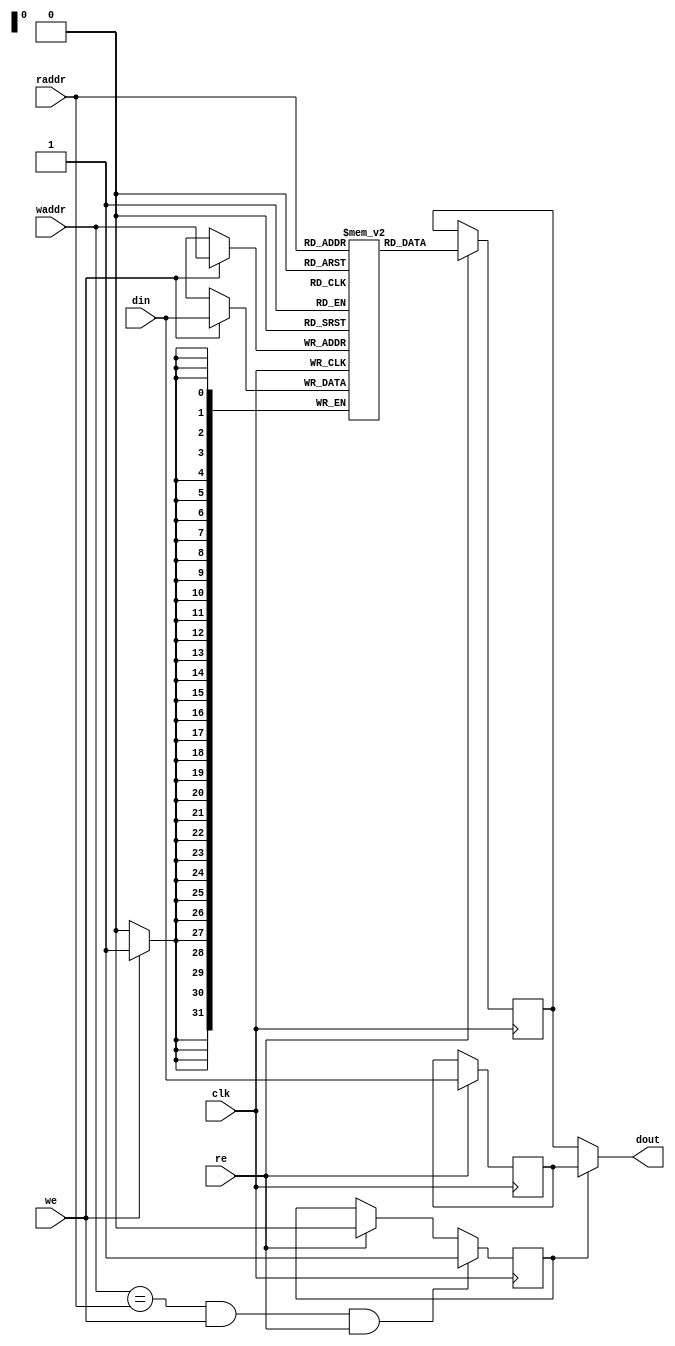
/* ****************************************************************************
  SPDX-License-Identifier: CERN-OHL-W-2.0

  Description:
  Simple single clocked dual port ram (separate read and write ports),
  with optional bypass logic.

  Copyright (C) 2012 Stefan Kristiansson <stefan.kristiansson@saunalahti.fi>

 ******************************************************************************/

module mor1kx_simple_dpram_sclk
  #(
    parameter ADDR_WIDTH = 32,
    parameter DATA_WIDTH = 32,
    parameter CLEAR_ON_INIT = 0,
    parameter ENABLE_BYPASS = 1
    )
   (
    input 		    clk,
    input [ADDR_WIDTH-1:0]  raddr,
    input 		    re,
    input [ADDR_WIDTH-1:0]  waddr,
    input 		    we,
    input [DATA_WIDTH-1:0]  din,
    output [DATA_WIDTH-1:0] dout
    );

   reg [DATA_WIDTH-1:0]     mem[(1<<ADDR_WIDTH)-1:0];
   reg [DATA_WIDTH-1:0]     rdata;

generate
if(CLEAR_ON_INIT) begin :clear_on_init
   integer 		    idx;
   initial
     for(idx=0; idx < (1<<ADDR_WIDTH); idx=idx+1)
       mem[idx] = {DATA_WIDTH{1'b0}};
end
endgenerate

generate
if (ENABLE_BYPASS) begin : bypass_gen
   reg [DATA_WIDTH-1:0]     din_r;
   reg 			    bypass;

   assign dout = bypass ? din_r : rdata;

   always @(posedge clk)
     if (re)
       din_r <= din;

   always @(posedge clk)
     if (waddr == raddr && we && re)
       bypass <= 1;
     else if (re)
       bypass <= 0;
end else begin
   assign dout = rdata;
end
endgenerate

   always @(posedge clk) begin
      if (we)
	mem[waddr] <= din;
      if (re)
	rdata <= mem[raddr];
   end

/*--------------Formal checking---------------*/

`ifdef FORMAL

   reg f_past_valid;
   wire f_bypass;

   initial f_past_valid = 1'b0;
   always @(posedge clk)
      f_past_valid <= 1'b1;

   assign f_bypass = waddr == raddr && we && re && ENABLE_BYPASS;

`ifdef SDPRAM

   (* anyconst *) wire [ADDR_WIDTH-1:0] f_addr;
   reg [DATA_WIDTH-1:0] f_data;

   initial assume (f_data == mem[f_addr]);
   always @(*)
	assert(mem[f_addr] == f_data);

   //Writing f_data at address f_addr
   always @(posedge clk)
      if (we && waddr == f_addr)
         f_data <= din;

   //Read access for the non bypass case
   always @(posedge clk)
      if (f_past_valid && $past(re) && $past(raddr == f_addr)
          && $past(!f_bypass))
         assert (dout == $past(f_data));

   always @(posedge clk) begin
       c0_write: cover (f_past_valid && we);
       c1_read: cover (f_past_valid && re);
       c2_bypass: cover (f_past_valid && waddr == raddr && we && re);
   end

`endif

   //Read access for the bypass case
   always @(posedge clk)
      if (f_past_valid && $past(f_bypass))
         assert (dout == $past(din));

   //Output data should remain unchanged if there is no read enable
   always @(posedge clk)
      if (f_past_valid && !$past(re))
         assert ($stable(dout));

   //Output data changes only if there is read or write enable
   always @(posedge clk)
      if (f_past_valid && $changed(dout))
         assert ($past(re) | $past(we));
`endif

endmodule